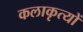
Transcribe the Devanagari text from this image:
कलाकृत्यों